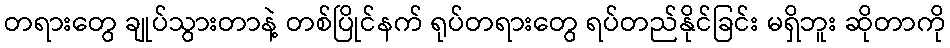
တရားတွေ ချုပ်သွားတာနဲ့ တစ်ပြိုင်နက် ရုပ်တရားတွေ ရပ်တည်နိုင်ခြင်း မရှိဘူး ဆိုတာကို